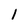
Character: 1